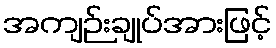
အကျဉ်းချုပ်အားဖြင့်